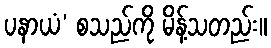
ပနာယံ’ စသည်ကို မိန့်သတည်း။